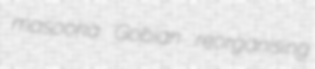
masooka Gobian reorganising